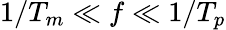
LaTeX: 1/T_{m}\ll f\ll 1/T_{p}